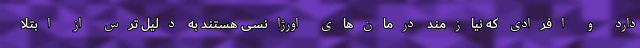
دارد و افرادی که نیازمند درمان‌های اورژانسی هستند به دلیل ترس از ابتلا